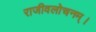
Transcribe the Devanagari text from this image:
राजीवलोचनम्‌।